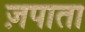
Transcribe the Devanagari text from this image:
ज़पाता